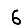
Digit: 6